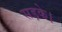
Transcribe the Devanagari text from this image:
सड़के।